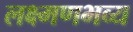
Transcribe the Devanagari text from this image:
लक्ष्मणभव्य